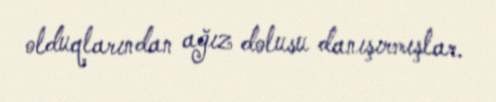
olduqlarından ağız dolusu danışırmışlar.